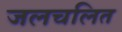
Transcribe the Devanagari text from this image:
जलचलित